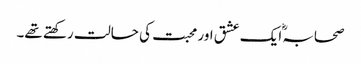
صحابہؓ ایک عشق اور محبت کی حالت رکھتے تھے۔